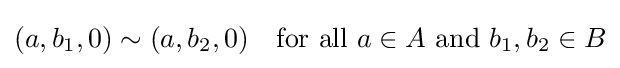
(a,b_{1},0)\sim (a,b_{2},0)\quad {\mbox{for all }}a\in A{\mbox{ and }}b_{1},b_{2}\in B